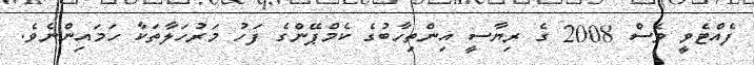
ފެއްޓެވީ ވެސް 2008 ގެ ރިޔާސީ އިންތިހާބުގެ ކެމްޕޭންގެ ފަހު މަރުހަލާތަކާ ހަމައިންނެވެ.